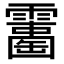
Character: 𩆘